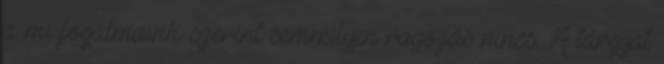
a mi fogalmaink szerint semmilyen ragozás nincs. A tárgyat